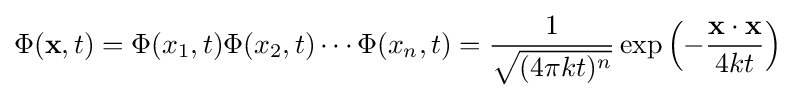
\Phi (\mathbf {x} ,t)=\Phi (x_{1},t)\Phi (x_{2},t)\cdots \Phi (x_{n},t)={\frac {1}{\sqrt {(4\pi kt)^{n}}}}\exp \left(-{\frac {\mathbf {x} \cdot \mathbf {x} }{4kt}}\right)